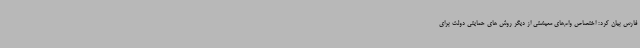
فارس بیان کرد: اختصاص وام‌های معیشتی از دیگر روش های حمایتی دولت برای